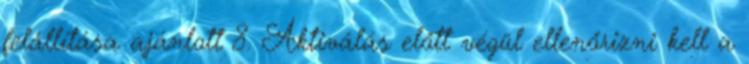
felállítása ajánlott 8. Aktiválás előtt végül ellenőrizni kell a